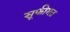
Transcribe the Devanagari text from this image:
सूफीमत